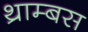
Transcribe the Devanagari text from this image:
थ्राम्बस